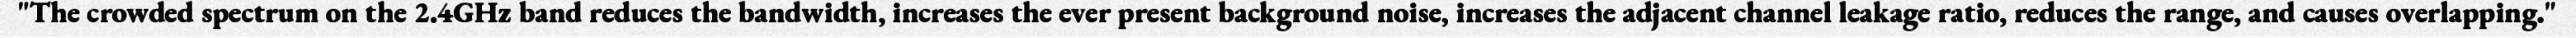
"The crowded spectrum on the 2.4GHz band reduces the bandwidth, increases the ever present background noise, increases the adjacent channel leakage ratio, reduces the range, and causes overlapping."